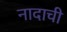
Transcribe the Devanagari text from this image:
नादाची